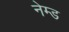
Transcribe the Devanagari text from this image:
नेम्‍ड